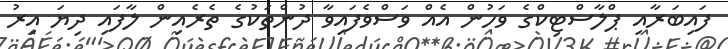
ފައިބަރާއި ޕްލާސްޓިކްގެ ވަހުން އެއް ވަސްވެފައިވާ ދުންތަކުގެ ތެރެއިން ލާފައި ދިޔަ އިރު